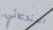
استدعائي